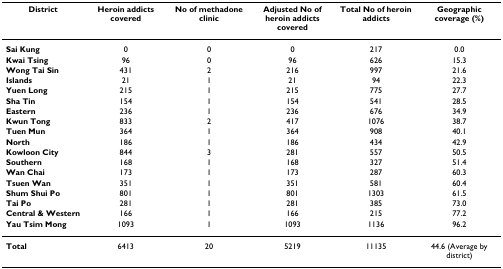
<table><thead><tr><td><b>District</b></td><td><b>Heroin addicts covered</b></td><td><b>No of methadone clinic</b></td><td><b>Adjusted No of heroin addicts covered</b></td><td><b>Total No of heroin addicts</b></td><td><b>Geographic coverage (%)</b></td></tr></thead><tbody><tr><td><b>Sai Kung</b></td><td>0</td><td>0</td><td>0</td><td>217</td><td>0.0</td></tr><tr><td><b>Kwai Tsing</b></td><td>96</td><td>0</td><td>96</td><td>626</td><td>15.3</td></tr><tr><td><b>Wong Tai Sin</b></td><td>431</td><td>2</td><td>216</td><td>997</td><td>21.6</td></tr><tr><td><b>Islands</b></td><td>21</td><td>1</td><td>21</td><td>94</td><td>22.3</td></tr><tr><td><b>Yuen Long</b></td><td>215</td><td>1</td><td>215</td><td>775</td><td>27.7</td></tr><tr><td><b>Sha Tin</b></td><td>154</td><td>1</td><td>154</td><td>541</td><td>28.5</td></tr><tr><td><b>Eastern</b></td><td>236</td><td>1</td><td>236</td><td>676</td><td>34.9</td></tr><tr><td><b>Kwun Tong</b></td><td>833</td><td>2</td><td>417</td><td>1076</td><td>38.7</td></tr><tr><td><b>Tuen Mun</b></td><td>364</td><td>1</td><td>364</td><td>908</td><td>40.1</td></tr><tr><td><b>North</b></td><td>186</td><td>1</td><td>186</td><td>434</td><td>42.9</td></tr><tr><td><b>Kowloon City</b></td><td>844</td><td>3</td><td>281</td><td>557</td><td>50.5</td></tr><tr><td><b>Southern</b></td><td>168</td><td>1</td><td>168</td><td>327</td><td>51.4</td></tr><tr><td><b>Wan Chai</b></td><td>173</td><td>1</td><td>173</td><td>287</td><td>60.3</td></tr><tr><td><b>Tsuen Wan</b></td><td>351</td><td>1</td><td>351</td><td>581</td><td>60.4</td></tr><tr><td><b>Shum Shui Po</b></td><td>801</td><td>1</td><td>801</td><td>1303</td><td>61.5</td></tr><tr><td><b>Tai Po</b></td><td>281</td><td>1</td><td>281</td><td>385</td><td>73.0</td></tr><tr><td><b>Central &amp; Western</b></td><td>166</td><td>1</td><td>166</td><td>215</td><td>77.2</td></tr><tr><td><b>Yau Tsim Mong</b></td><td>1093</td><td>1</td><td>1093</td><td>1136</td><td>96.2</td></tr><tr><td><b>Total</b></td><td>6413</td><td>20</td><td>5219</td><td>11135</td><td>44.6 (Average by district)</td></tr></tbody></table>